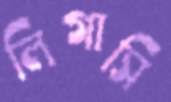
লিগাসি